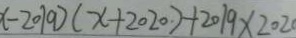
x - 2 0 1 9 ) ( x + 2 0 2 0 ) + 2 0 1 9 \times 2 0 2 0